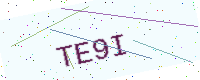
Text: TE9I